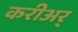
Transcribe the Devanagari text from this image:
करीअर्